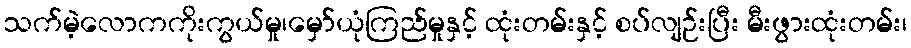
သက်မဲ့လောကကိုးကွယ်မှု၊မှော်ယုံကြည်မှုနှင့် ထုံးတမ်းနှင့် စပ်လျဉ်းပြီး မီးဖွားထုံးတမ်း၊